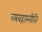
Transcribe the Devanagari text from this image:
व्यवहारनीति